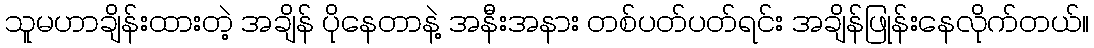
သူမဟာချိန်းထားတဲ့ အချိန် ပိုနေတာနဲ့ အနီးအနား တစ်ပတ်ပတ်ရင်း အချိန်ဖြုန်းနေလိုက်တယ်။